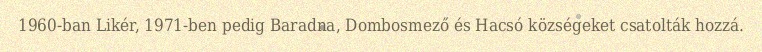
1960-ban Likér, 1971-ben pedig Baradna, Dombosmező és Hacsó községeket csatolták hozzá.